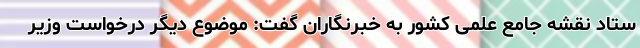
ستاد نقشه جامع علمی کشور به خبرنگاران گفت: موضوع دیگر درخواست وزیر